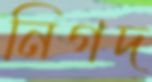
নিগদ